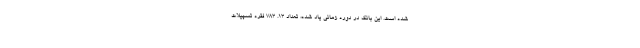
شده است. این بانک در دوره زمانی یاد شده، تعداد 13. 783 فقره تسهیلات